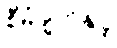
စီမံချက်နှင့်